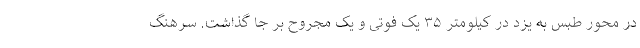
در محور طبس به یزد در کیلومتر ۳۵ یک فوتی و یک مجروح بر جا گذاشت. سرهنگ